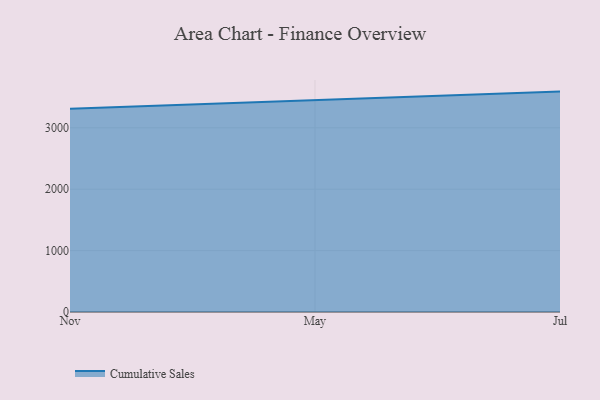
{"axis": {"x": "Month", "y": "Operating Costs (USD K)"}, "legend": ["Cumulative Sales"], "data": [{"x": "Nov", "y": 3308.6, "type": "Cumulative Sales"}, {"x": "May", "y": 3446.5, "type": "Cumulative Sales"}, {"x": "Jul", "y": 3589.5, "type": "Cumulative Sales"}]}